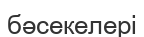
бәсекелері